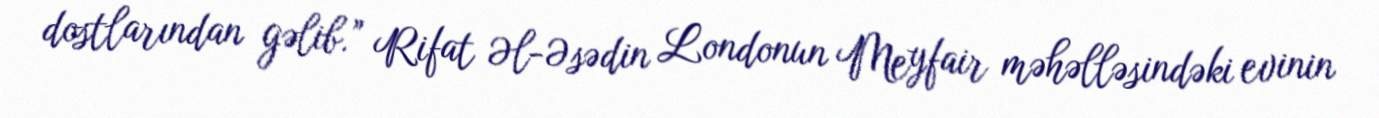
dostlarından gəlib.” Rifat Əl-Əsədin Londonun Meyfair məhəlləsindəki evinin